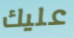
عليك